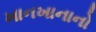
ખાનખાનાનો